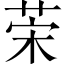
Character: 𦯕